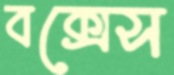
বক্সেস